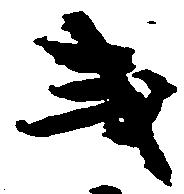
或